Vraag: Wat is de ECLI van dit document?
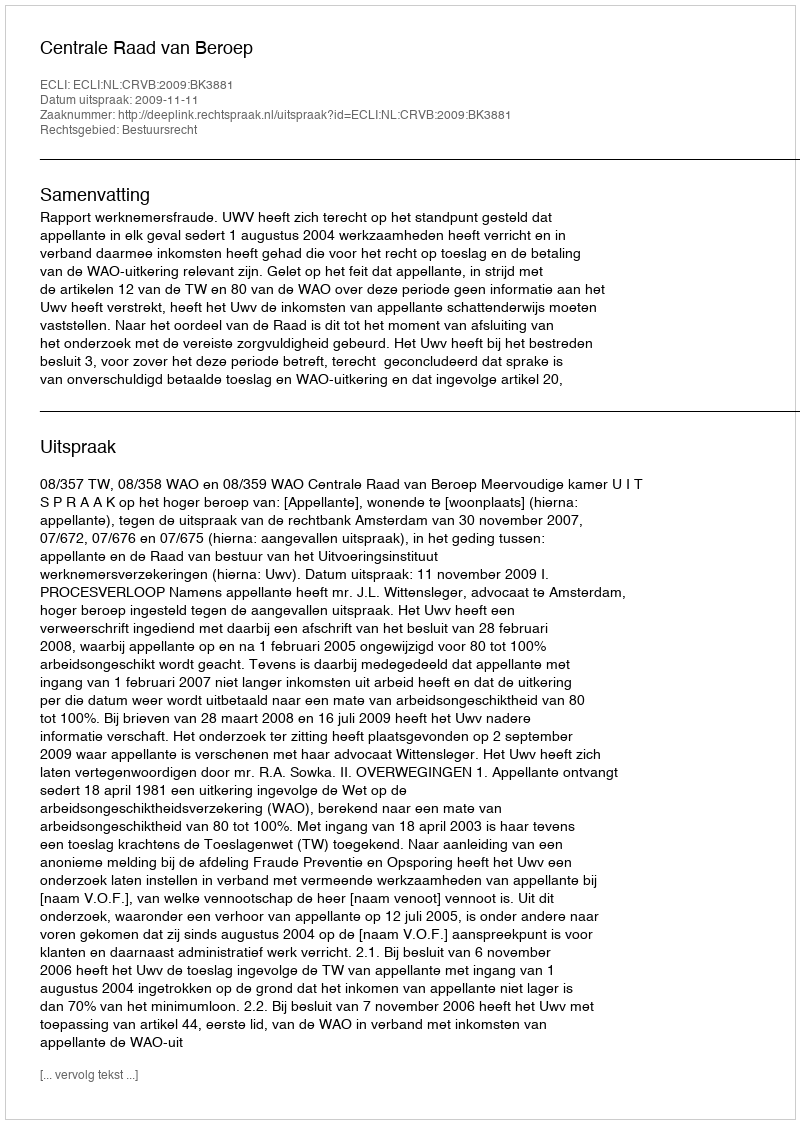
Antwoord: ECLI:NL:CRVB:2009:BK3881